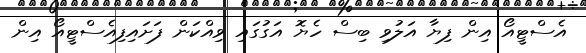
އެސްޓީއޯ އިން ފިޔާ އަލުވި ބިސް ހެޔޮ އަގުގައި ވިއްކަން ފަށައިފިއެސްޓީއޯ އިން